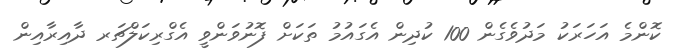
ކޮންމެ އަހަރަކު މަދުވެގެން 100 ކުދިން އެގައުމު ތަކަށް ފޮނުވަންވީ އެގްރިކަލްޗަރ ދާއިރާއިން